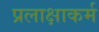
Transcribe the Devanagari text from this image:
प्रलाक्षाकर्म